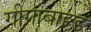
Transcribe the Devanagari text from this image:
गीगाबाइड